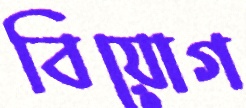
বিয়োগ